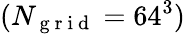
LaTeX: (N_{\mathrm{~g~r~i~d~}}=64^{3})